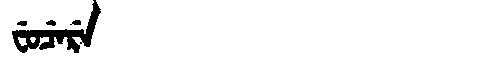
Manchu: ᠸᡠᠴᡝᡵᡝ
Romanization: FUCERE